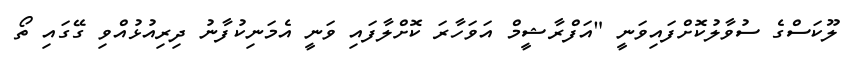
ލޫކަސްގެ ސުވާލުކޮށްފައިވަނީ "އަފްރާޝީމް އަވަހާރަ ކޮށްލާފައި ވަނީ އެމަނިކުފާނު ދިރިއުޅުއްވި ގޭގައި ތޯ